Vaccination in the Punjab 1867-1880 - 1867-1880
Year: 1867
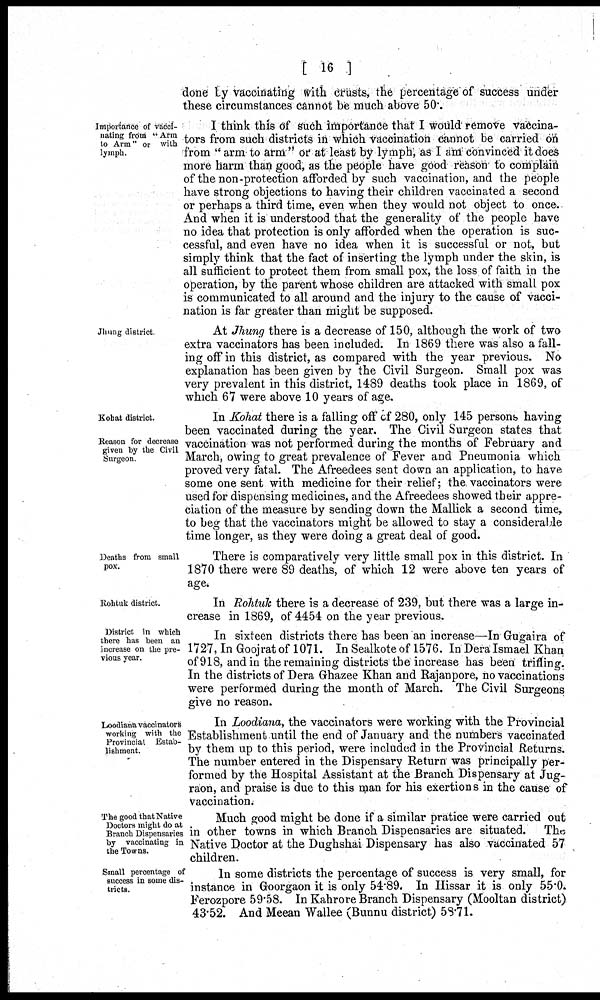
[ 16 ]
done by vaccinating with crusts, the percentage of success under
these circumstances cannot be much above 50.
Importance of vacci-
nating from "Arm
to Arm" or with
lymph.
I think this of such importance that I would remove vaccina-
tors from such districts in which vaccination cannot be carried on
from "arm to arm" or at least by lymph, as I am convinced it does
more harm than good, as the people have good reason to complain
of the non-protection afforded by such vaccination, and the people
have strong objections to having their children vaccinated a second
or perhaps a third time, even when they would not object to once.
And when it is understood that the generality of the people have
no idea that protection is only afforded when the operation is suc-
cessful, and even have no idea when it is successful or not, but
simply think that the fact of inserting the lymph under the skin, is
all sufficient to protect them from small pox, the loss of faith in the
operation, by the parent whose children are attacked with small pox
is communicated to all around and the injury to the cause of vacci-
nation is far greater than might be supposed.
Jhung district
At Jhung there is a decrease of 150, although the work of two
extra vaccinators has been included. In 1869 there was also a fall-
ing off in this district, as compared with the year previous. No
explanation has been given by the Civil Surgeon. Small pox was
very prevalent in this district, 1489 deaths took place in 1869, of
which 67 were above 10 years of age.
Kohat district.
Reason for decrease
given by the Civil
Surgeon.
In Kohat there is a falling off of 280, only 145 persons having
been vaccinated during the year. The Civil Surgeon states that
vaccination was not performed during the months of February and
March, owing to great prevalence of Fever and Pneumonia which
proved very fatal. The Afreedees sent down an application, to have
some one sent with medicine for their relief; the vaccinators were
used for dispensing medicines, and the Afreedees showed their appre-
ciation of the measure by sending down the Mallick a second time,
to beg that the vaccinators might be allowed to stay a considerable
time longer, as they were doing a great deal of good.
Deaths from small
pox.
There is comparatively very little small pox in this district. In
1870 there were 89 deaths, of which 12 were above ten years of
age.
Rohtuk district.
In Rohtuk there is a decrease of 239, but there was a large in-
crease in 1869, of 4454 on the year previous.
District in which
there has been an
increase on the pre-
vious year.
In sixteen districts there has been an increase—In Gugaira of
1727, In Goojrat of 1071. In Sealkote of 1576. In Dera Ismael Khan
of 918, and in the remaining districts the increase has been trifling.
In the districts of Dera Ghazee Khan and Rajanpore, no vaccinations
were performed during the month of March. The Civil Surgeons
give no reason.
Loodiana vaccinators
working with the
Provincial Estab-
lishment.
In Loodiana, the vaccinators were working with the Provincial
Establishment until the end of January and the numbers vaccinated
by them up to this period, were included in the Provincial Returns.
The number entered in the Dispensary Return was principally per-
formed by the Hospital Assistant at the Branch Dispensary at Jug-
raon, and praise is due to this man for his exertions in the cause of
vaccination.
The good that Native
Doctors might do at
Branch Dispensaries
by vaccinating in
the Towns.
Much good might be done if a similar pratice were carried out
in other towns in which Branch Dispensaries are situated. The
Native Doctor at the Dughshai Dispensary has also vaccinated 57
children.
Small percentage of
success in some dis-
tricts.
In some districts the percentage of success is very small, for
instance in Goorgaon it is only 54.89. In Hissar it is only 55.0.
Ferozpore 59.58. In Kahrore Branch Dispensary (Mooltan district)
43.52. And Meean Wallee (Bunnu district) 58.71.